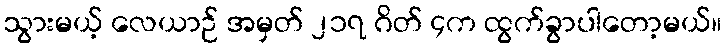
သွားမယ့် လေယာဉ် အမှတ် ၂၁၇ ဂိတ် ၄က ထွက်ခွာပါတော့မယ်။